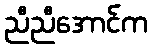
ညီညီအောင်က